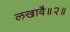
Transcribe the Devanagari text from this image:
लखावै॥२॥